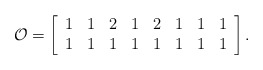
\begin{align*}\mathcal{O}=\left[\begin{array}{cccccccc} 1&1&2&1&2&1&1& 1\\1&1&1&1&1&1&1& 1\end{array}\right].\end{align*}